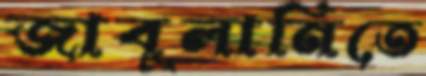
জাবুলানিতে